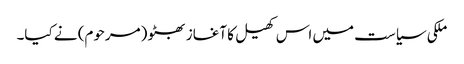
ملکی سیاست میں اس کھیل کا آغاز بھٹو (مرحوم) نے کیا۔